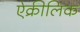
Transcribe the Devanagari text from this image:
ऐक्रीलिक